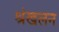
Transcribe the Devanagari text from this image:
श्रंखलन